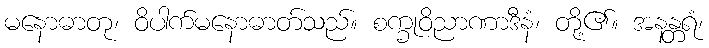
မနောဓာတု၊ ဝိပါက်မနောဓာတ်သည်။ စက္ခုဝိညာဏာဒီနံ၊ တို့၏။ အနန္တရံ၊